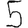
Digit: 5